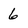
Character: 6